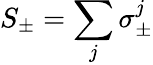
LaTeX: S_{\pm}=\sum_{j}\sigma_{\pm}^{j}